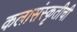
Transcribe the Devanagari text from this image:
कलासंस्कृतीची